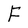
Character: F